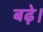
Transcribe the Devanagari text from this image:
बढे़।